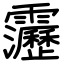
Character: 靋